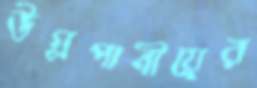
উগ্রপানীয়ের